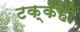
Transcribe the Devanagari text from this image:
टक्केही